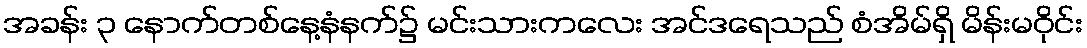
အခန်း ၃ နောက်တစ်နေ့နံနက်၌ မင်းသားကလေး အင်ဒရေသည် စံအိမ်ရှိ မိန်းမဝိုင်း